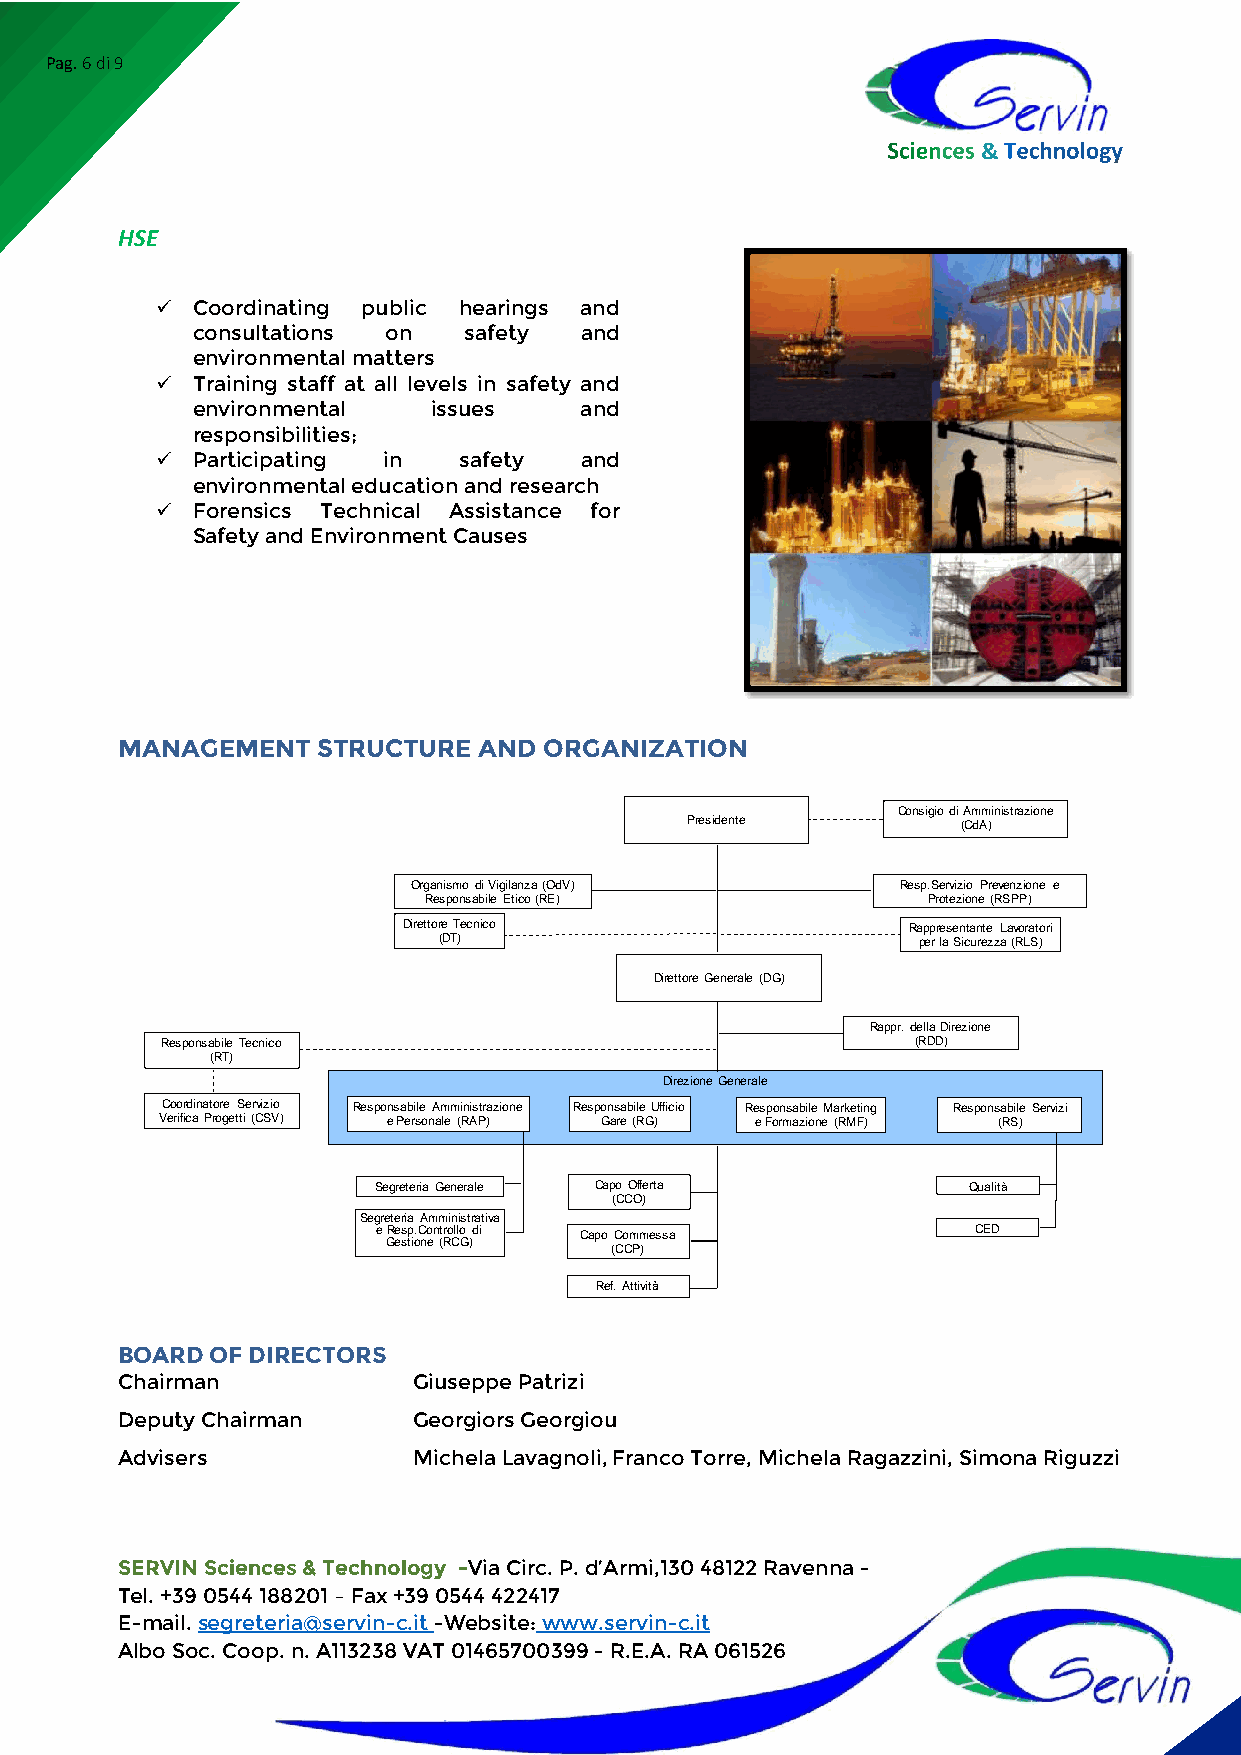
Pag. 6 di 9
 &
 HSE
 ✓  Coordinating public hearings and
 consultations on  safety and
 environmental matters
 ✓  Training staff at all levels in safety and
 environmental   issues   and
 responsibilities;
 ✓  Participating in safety  and
 environmental education and research
 ✓  Forensics Technical Assistance for
 Safety and Environment Causes
 MANAGEMENT   STRUCTURE  AND ORGANIZATION
 Consigio di Amministrazione
 Presidente         (CdA)
 Organismo di Vigilanza (OdV)     Resp.Servizio Prevenzione e
 Responsabile Etico (RE)          Protezione (RSPP)
 Direttore Tecnico                Rappresentante Lavoratori
 (DT)                            per la Sicurezza (RLS)
 Direttore Generale (DG)
 Rappr. della Direzione
 Responsabile Tecnico                              (RDD)
 (RT)
 Direzione Generale
 Coordinatore Servizio Responsabile Amministrazione Responsabile Ufficio Responsabile Marketing Responsabile Servizi
 Verifica Progetti (CSV) e Personale (RAP) Gare (RG) e Formazione (RMF) (RS)
 Segreteria Generale Capo Offerta       Qualità
 (CCO)
 Segreteria Amministrativa
 e Resp.Controllo di Capo Commessa      CED
 Gestione (RCG)
 (CCP)
 Ref. Attività
 BOARD OF DIRECTORS
 Chairman           Giuseppe Patrizi
 Deputy Chairman    Georgiors Georgiou
 Advisers           Michela Lavagnoli, Franco Torre, Michela Ragazzini, Simona Riguzzi
 SERVIN Sciences & Technology -Via Circ. P. d’Armi,130 48122 Ravenna -
 Tel. +39 0544 188201 – Fax +39 0544 422417
 E-mail. segreteria@servin-c.it -Website: www.servin-c.it
 Albo Soc. Coop. n. A113238 VAT 01465700399 - R.E.A. RA 061526